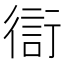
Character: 𧗳